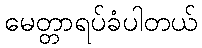
မေတ္တာရပ်ခံပါတယ်